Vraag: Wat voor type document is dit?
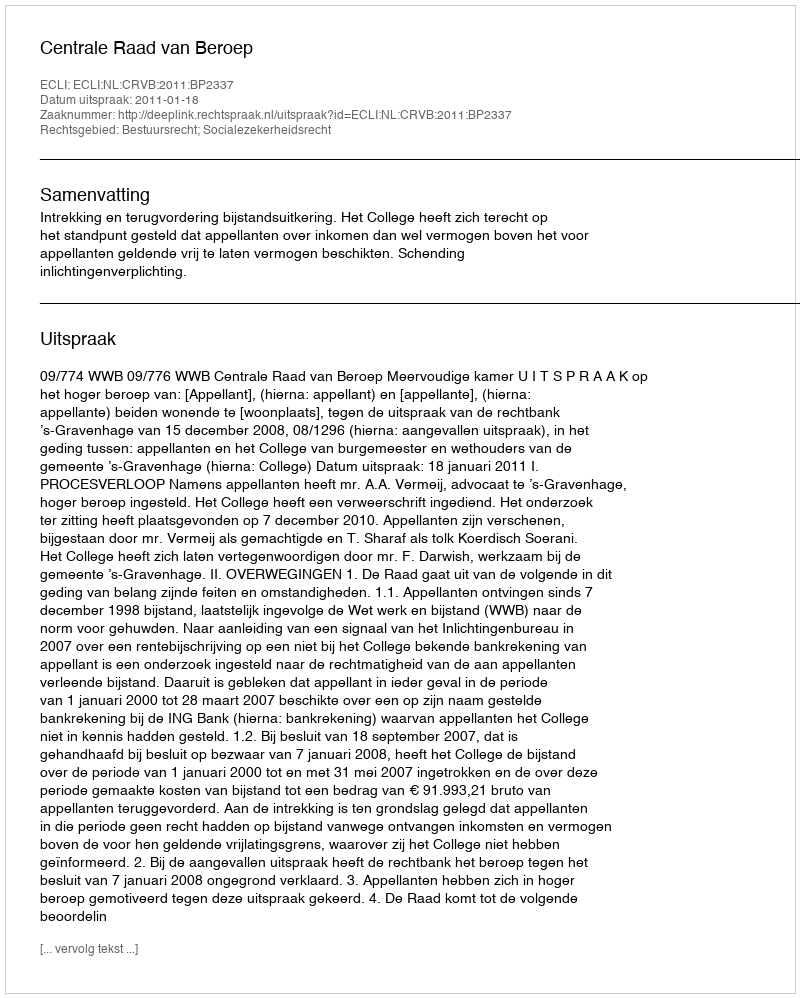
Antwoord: Uitspraak